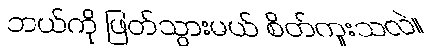
ဘယ်ကို ဖြတ်သွားမယ် စိတ်ကူးသလဲ။